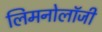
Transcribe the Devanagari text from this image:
लिमनोलॉजी